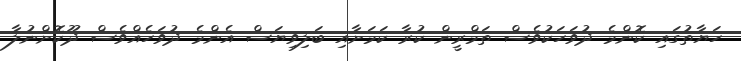
ހަޔާތުގައި ކޮންމެ ދުވަހަކުވެސް ތަމްރީން ކުރާ ކަމަށާއި ބަލިވިޔަސް އެންމެ ދުވަހެއްވެސް ދޫކޮށްނުލާ